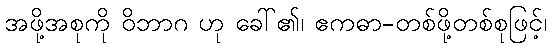
အဖို့အစုကို ဝိဘာဂ ဟု ခေါ်၏၊ ဧကဓာ-တစ်ဖို့တစ်စုဖြင့်၊